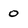
Character: 0